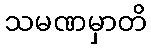
သမဏမှာတိ